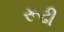
રૂઢી